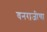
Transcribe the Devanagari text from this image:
वनराजीचा